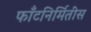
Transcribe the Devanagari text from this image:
फाँटनिर्मितीस